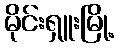
မိုင်းရှူးမြို့